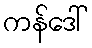
ကန်ဒေါ်